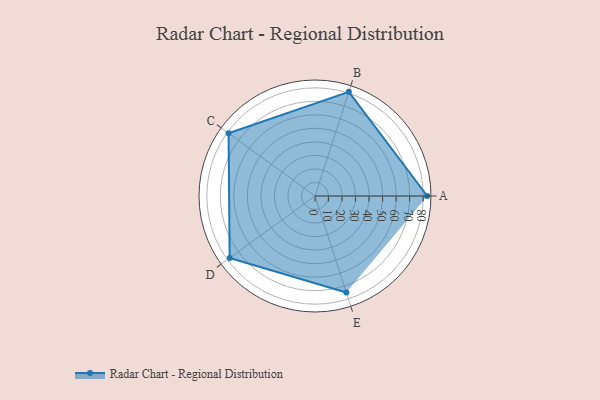
{"axis": {"x": "Skill", "y": "Score"}, "legend": ["Profile"], "data": [{"x": "A", "y": 83.0, "type": "Profile"}, {"x": "B", "y": 81.0, "type": "Profile"}, {"x": "C", "y": 79.0, "type": "Profile"}, {"x": "D", "y": 78.0, "type": "Profile"}, {"x": "E", "y": 75.0, "type": "Profile"}]}